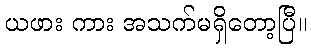
ယဖား ကား အသက်မရှိတော့ပြီ။